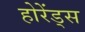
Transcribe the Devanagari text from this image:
होरेंड्स